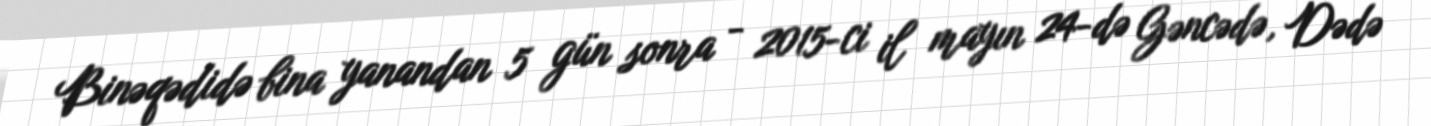
Binəqədidə bina yanandan 5 gün sonra - 2015-ci il mayın 24-də Gəncədə, Dədə